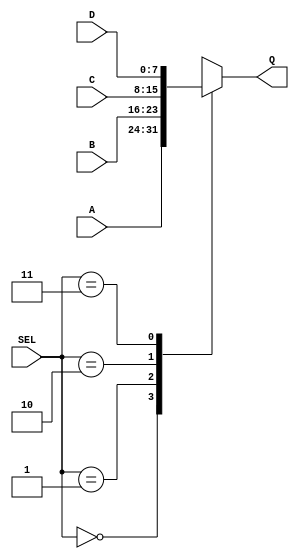
module mux41
(A, B, C, D, SEL, Q);
parameter S = 8;
input  [S-1:0] A;
input  [S-1:0] B;
input  [S-1:0] C;
input  [S-1:0] D;
input  [1:0]   SEL;
output [S-1:0] Q;
reg    [S-1:0] Q;

always @(SEL)
begin
	case(SEL)
		2'b00: Q <= A;
		2'b01: Q <= B;
		2'b10: Q <= C;
		2'b11: Q <= D;
	endcase
end
endmodule